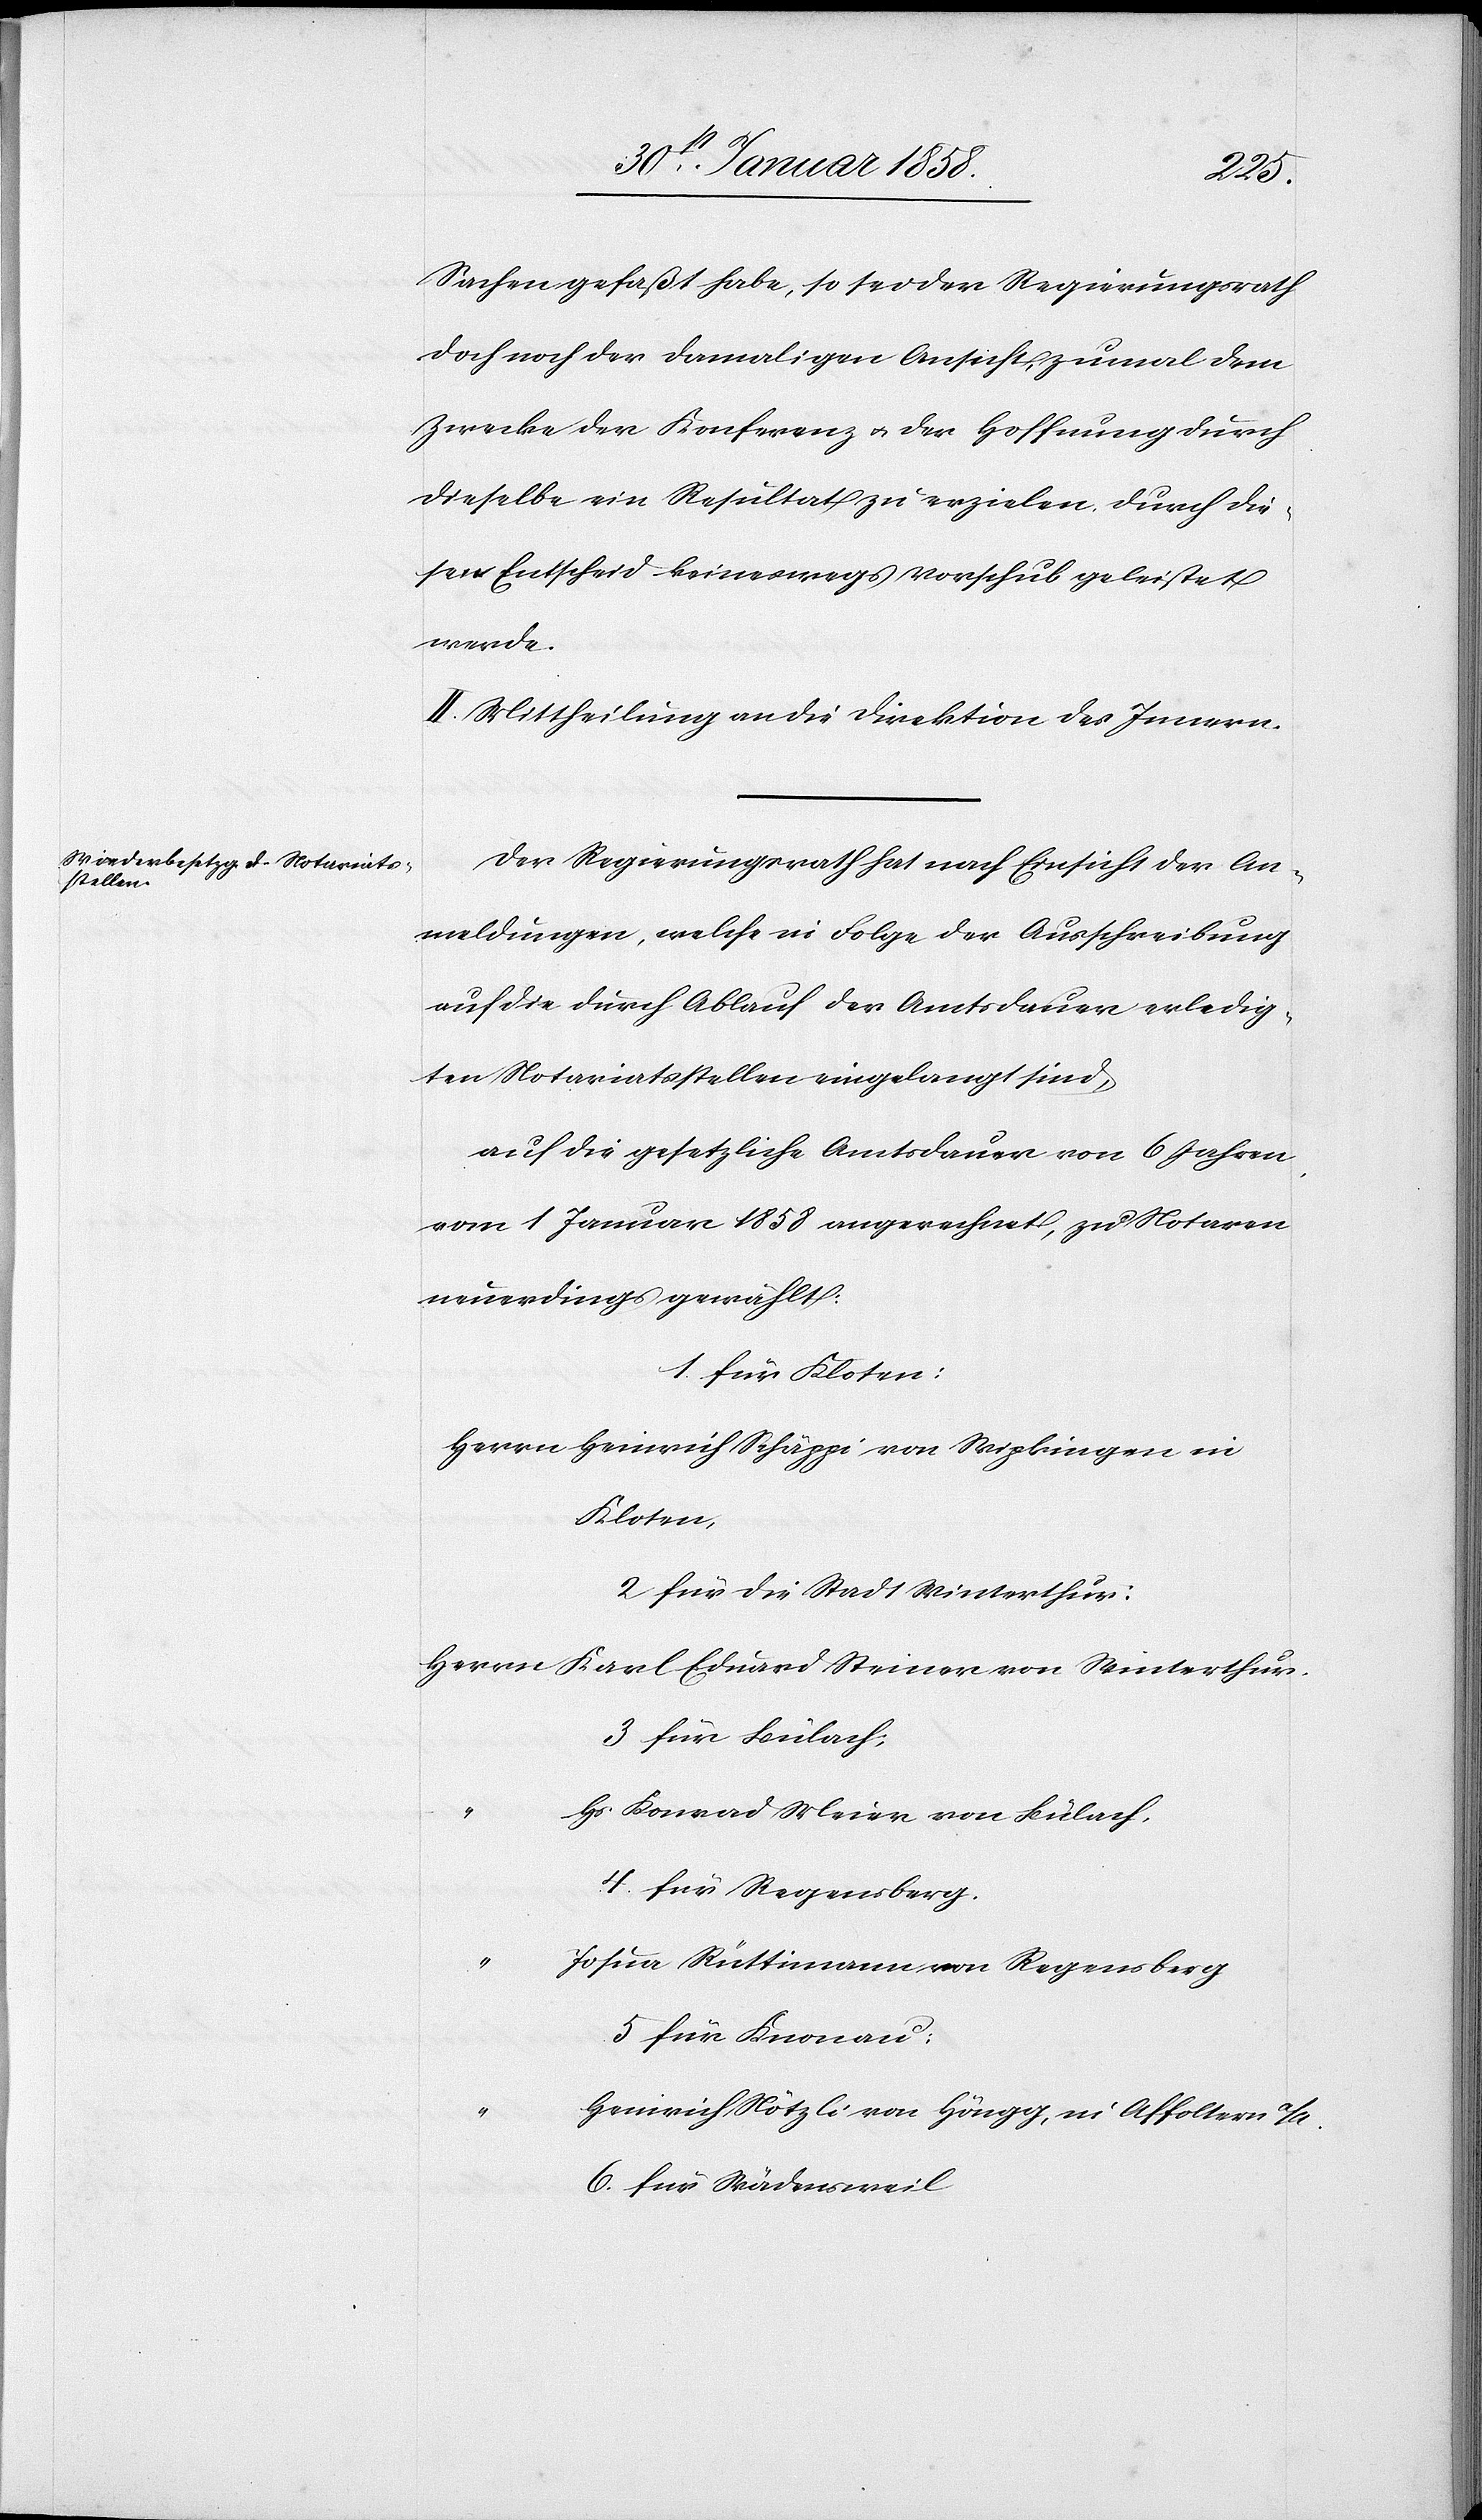
Sachen gefaßt habe, so sei der Regierungsrath
doch noch der damaligen Ansicht, zumal dem
Zwecke der Konferenz u. der Hoffnung durch
dieselbe ein Resultat zu erzielen durch die¬
sen Entscheid keineswegs Vorschub geleistet
werde.
II. Mittheilung an die Direktion des Innern.
Der Regierungsrath hat nach Einsicht der An¬
meldungen, welche in Folge der Ausschreibung
auf die durch Ablauf der Amtsdauer erledig¬
ten Notariatsstellen eingelangt sind,
auf die gesetzliche Amtsdauer von 6 Jahren,
vom 1 Januar 1858 angerechnet, zu Notaren
neuerdings gewählt:
1. für Kloten:
Herrn Heinrich Schäppi von Wipkingen in
Kloten,
2 für die Stadt Winterthur:
Herrn Karl Eduard Steiner von Winterthur.
3 für Bülach:
Hs. Konrad Meier von Bülach.
4. für Regensberg.
Josua Rüttimann von Regensberg
5 für Knonau:
Heinrich Nötzli von Höngg, in Affoltern a/A.
6. für Wädensweil